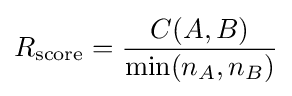
R_{\text{score}}={\frac {C(A,B)}{\min(n_{A},n_{B})}}